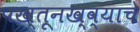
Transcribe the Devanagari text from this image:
पख्तूनख्व्याचे